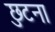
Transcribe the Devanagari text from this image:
छुटना